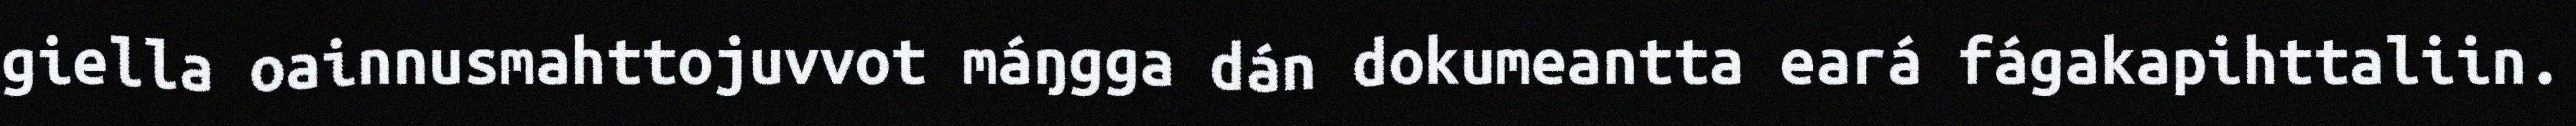
giella oainnusmahttojuvvot máŋgga dán dokumeantta eará fágakapihttaliin.